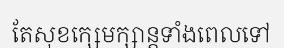
តែសុខក្សេមក្សាន្តទាំងពេលទៅ